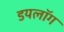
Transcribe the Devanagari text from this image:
डयलॉग